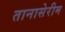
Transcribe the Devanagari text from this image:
तानासेरीम